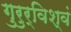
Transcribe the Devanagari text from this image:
गुरुर्विश्वं